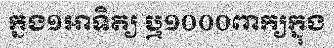
ក្នង១អាទិត្យ ឬ១០០០ពាក្យក្នុង